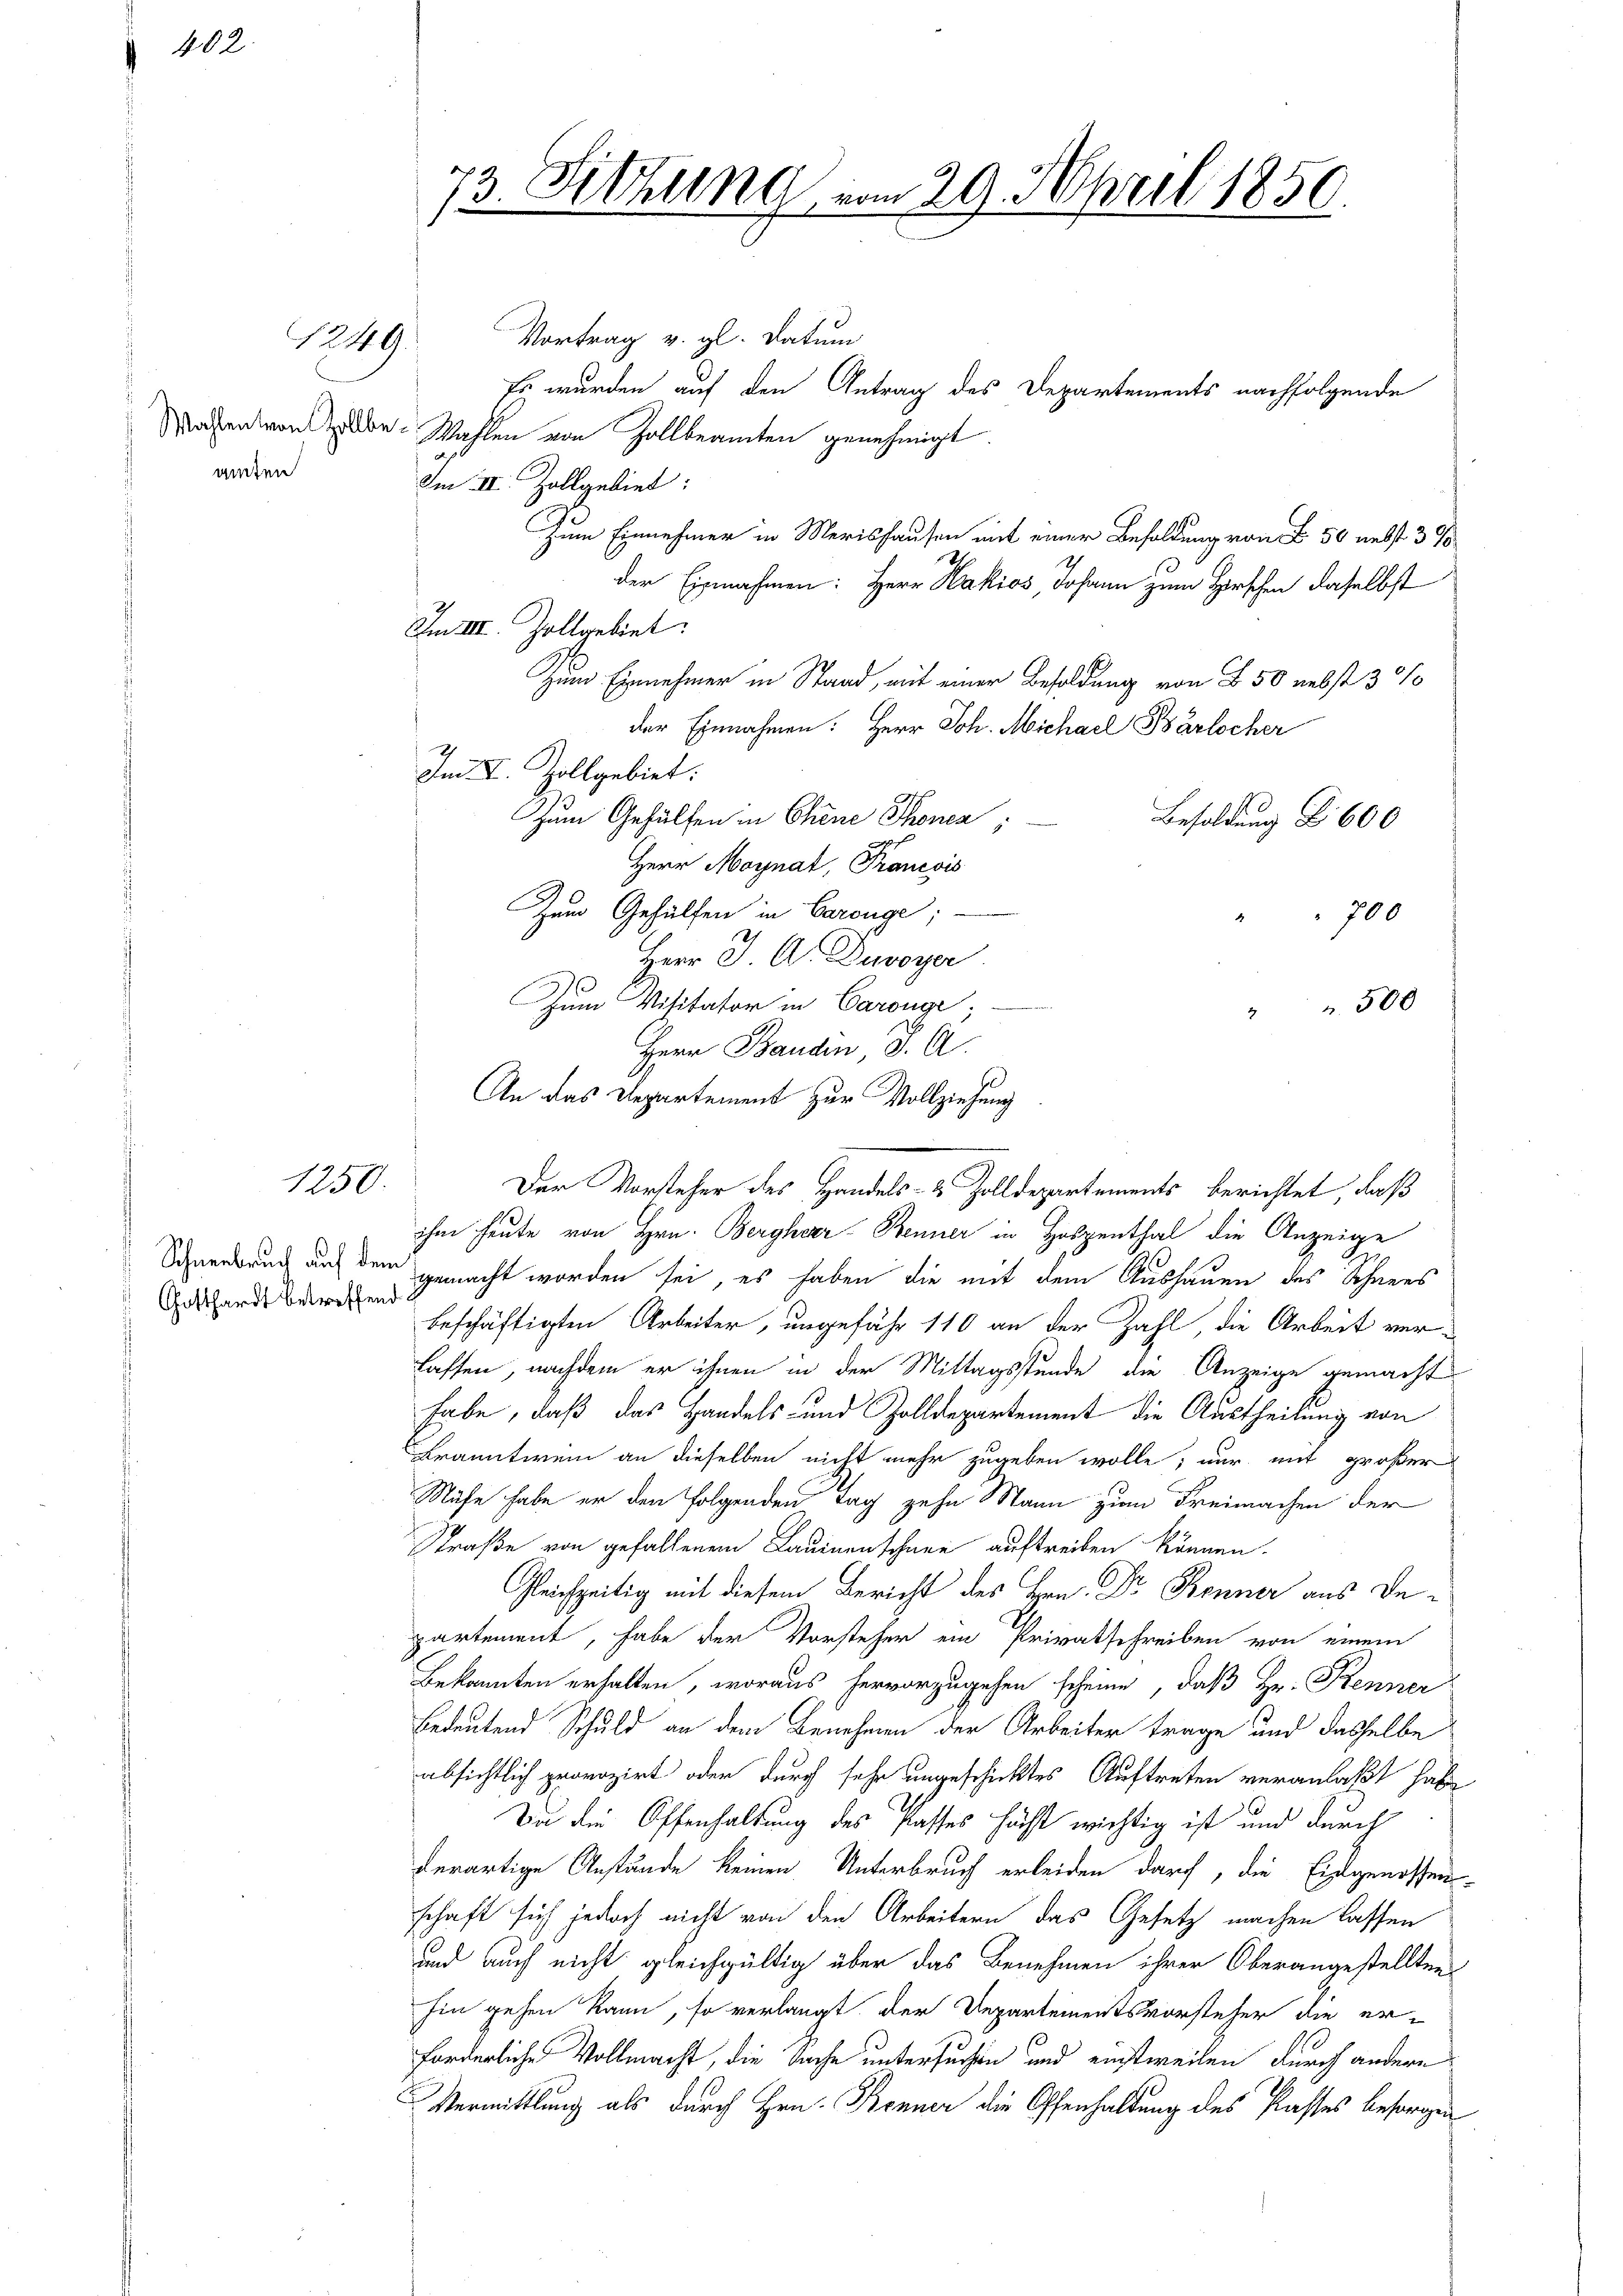
4

102

1249

amten

1250.

Gotthardt betreffend

73. Dittung vom 29. April 1850.

Vortrag v. gl. datum
Es wurden auf den Antrag des Departements nachfolgende
Wahren von selbe Wahlen von Zollbeamten genehmigt.
Im II. Zollgebiet:
Zum Einnehmer in Merishausen mit einer Besoldung von § 50 nebst 3 %
der Einnahmen: Herr Hakios, Johann zum Hirschen daselbst
Im III. Zollgebiet.
Zum Einnehmer in Stand, mit einer Besoldung von § 50 nebst 3 %
der Einnahmen: Herr Joh. Michael Bärlocher
Im I. Zollgebiet:
Zum Gehülfen in Chene Thonen
Besoldung 2 600
Herr Moynat, Francois
Zum Gehülfen in Carouge;
 700
Herr J. A. Duvoyer
Zum Visitator in Caronge;
500
Herr Baudin, J. A.
ihm heute von Hrn. Bergherr Benner in Hospenthal die Anzeige
Schnenbruch auf den gemacht worden sei, es haben die mit dem Aushauen des Schnees
beschäftigten Arbeiter, ungefähr 110 an der Zahl, die Arbeit ver-
lassen, nachdem er ihnen in der Mittagsstunde die Anzeige gemacht
habe, daß das Handels- und Zolldepartement die Austheilung von
Branntwein an dieselben nicht mehr zugeben wolle; nur mit größer
Mähe habe er den folgenden Tag zehn Mann zum Freimachen der
Straße von gefallenem Lauinenschnee auftreiben können.
Gleichzeitig mit diesem Bericht des Hrn. Dr Kenner aus Departement, habe der Vorsteher ein Privatschreiben von einem
Bekannten erhalten, woraus hervorzugehen scheine, daß Hr. Kenner
Bedeutend Schuld an dem Benehmen der Arbeiter trage und dasselbe
absichtlich provozirt oder durch sehr ungeschicktes Auftreten veranlaßt habe
Da die Offenhaltung des Passes höchst wichtig ist und durch
derartige Anstände keinen Unterbruch erleiden darf, die Eidgenossen-
schaft sich jedoch nicht von den Arbeitern das Gesetz machen lassen
und auch nicht gleichgültig über das Benehmen ihrer Oberangestellten
hin gehen kann, so verlangt. Der Departementsvorsteher die erforderliche Vollmacht, die Sache untersuchen und einstweilen durch andere
Vermittlung als durch Hrn. Benner die Offenhaltung des Passes besorgen

An das Departement zur Vollziehung
Der Vorsteher des Handels- & Zolldepartements berichtet, daß